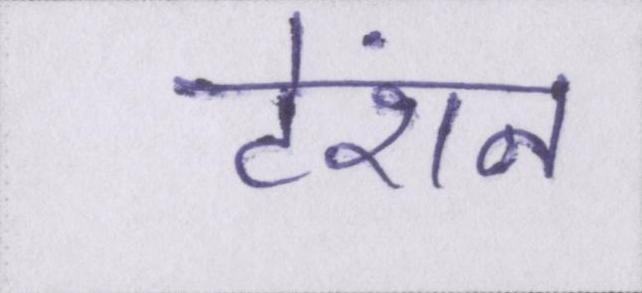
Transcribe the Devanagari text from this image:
टेंशन